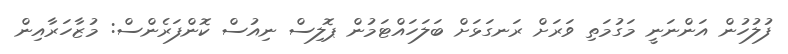
ފުލުހުން އަންނަނީ މަގުމަތި ވަރަށް ރަނގަޅަށް ބަލަހައްޓަމުން ޕޮލިސް ނިއުސް ކޮންފަރެންސް: މުޒާހަރާއިން